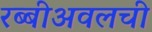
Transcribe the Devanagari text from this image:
रब्बीअवलची